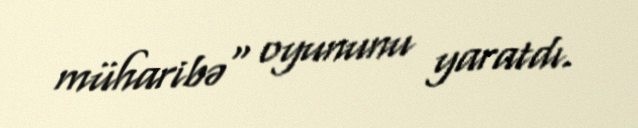
müharibə" oyununu yaratdı.